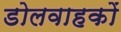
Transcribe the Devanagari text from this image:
डोलवाहकों